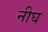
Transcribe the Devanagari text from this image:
नीघ